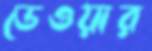
ডেওয়ার